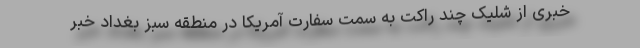
خبری از شلیک چند راکت به سمت سفارت آمریکا در منطقه سبز بغداد خبر